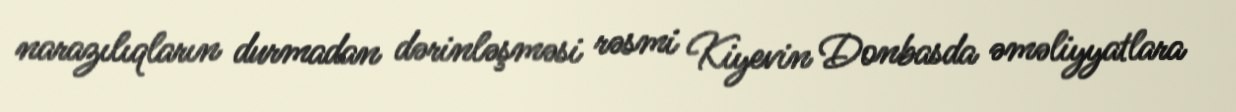
narazılıqların durmadan dərinləşməsi rəsmi Kiyevin Donbasda əməliyyatlara